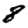
Digit: 8